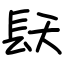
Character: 镺